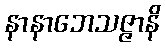
နာနာဘေသဇ္ဇာနိ